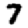
Digit: 7